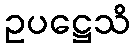
ဥပဋ္ဌေသိ